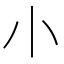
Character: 𡭔